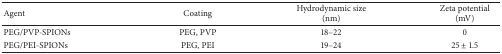
<table><thead><tr><td><b>Agent</b></td><td><b>Coating</b></td><td><b>Hydrodynamic size (nm)</b></td><td><b>Zeta potential (mV)</b></td></tr></thead><tbody><tr><td>PEG/PVP-SPIONs</td><td>PEG, PVP</td><td>18–22</td><td>0</td></tr><tr><td>PEG/PEI-SPIONs</td><td>PEG, PEI</td><td>19–24</td><td>25 ± 1.5</td></tr></tbody></table>